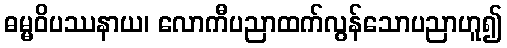
ဓမ္မဝိပဿနာယ၊ လောကီပညာထက်လွန်သောပညာဟူ၍